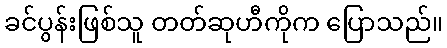
ခင်ပွန်းဖြစ်သူ တတ်ဆုဟီကိုက ပြောသည်။